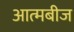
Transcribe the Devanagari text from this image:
आत्मबीज